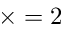
\times = 2